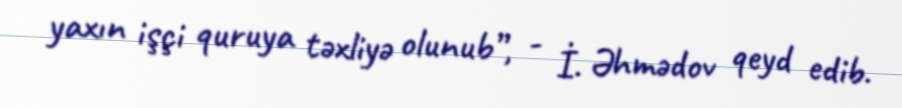
yaxın işçi quruya təxliyə olunub”, - İ. Əhmədov qeyd edib.